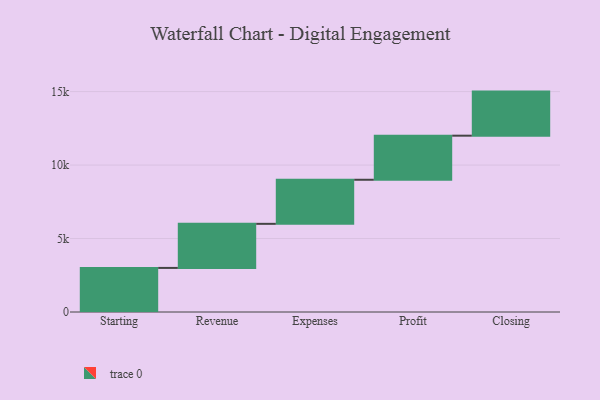
{"axis": {"x": "Step", "y": "Value"}, "legend": [""], "data": [{"x": "Starting", "y": 3000, "type": ""}, {"x": "Revenue", "y": 3000, "type": ""}, {"x": "Expenses", "y": 3000, "type": ""}, {"x": "Profit", "y": 3000, "type": ""}, {"x": "Closing", "y": 3000, "type": ""}]}